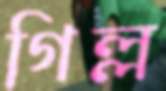
গিল্ল